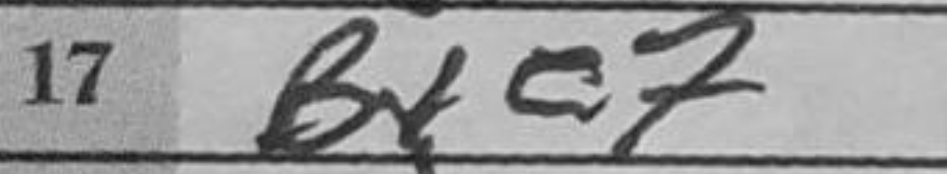
Transcription: Bxe7